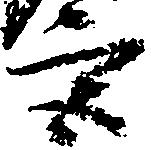
宮